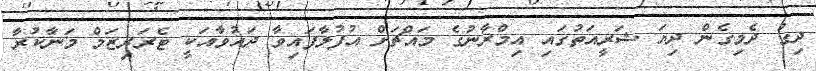
ދިގު ދެމިގެން ދިޔަ ޝަރީއަތުގައި އިމްރާނުގެ މައްޗަށް އުފުލާފައިވާ ދައުވާއަކީ ޓެރަރިޒަމް މަނާކުރާ